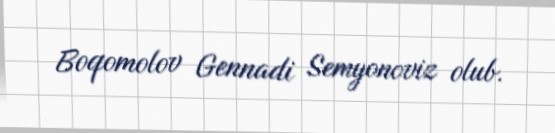
Boqomolov Gennadi Semyonoviz olub.